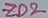
Text: ZD2